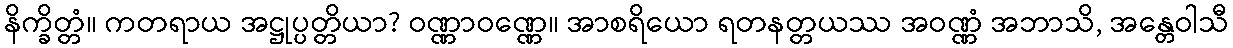
နိက္ခိတ္တံ။ ကတရာယ အဋ္ဌုပ္ပတ္တိယာ? ဝဏ္ဏာဝဏ္ဏေ။ အာစရိယော ရတနတ္တယဿ အဝဏ္ဏံ အဘာသိ, အန္တေဝါသီ